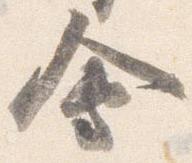
会